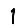
Digit: 1